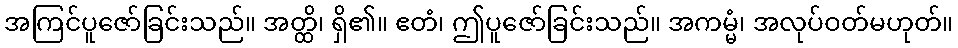
အကြင်ပူဇော်ခြင်းသည်။ အတ္ထိ၊ ရှိ၏။ ဧတံ၊ ဤပူဇော်ခြင်းသည်။ အကမ္မံ၊ အလုပ်ဝတ်မဟုတ်။